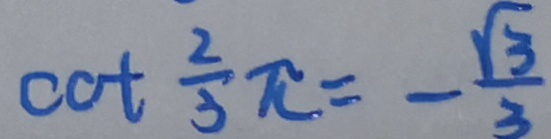
\cot \frac { 2 } { 3 } \pi = - \frac { \sqrt { 3 } } { 3 }